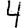
Digit: 4